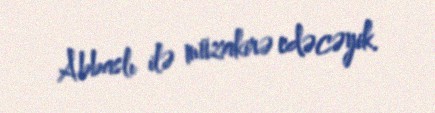
Abbaslı ilə müzakirə edəcəyik.